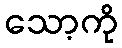
သော့ကို